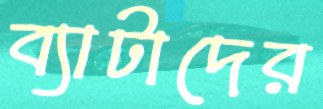
ব্যাটাদের